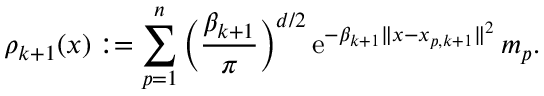
\rho _ { k + 1 } ( x ) : = \sum _ { p = 1 } ^ { n } \Big ( \frac { \beta _ { k + 1 } } { \pi } \Big ) ^ { d / 2 } \, \mathrm { e } ^ { - \beta _ { k + 1 } \| x - x _ { p , k + 1 } \| ^ { 2 } } \, m _ { p } .